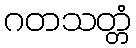
ဂတသတ္တံ